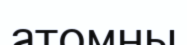
атомны